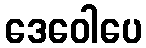
ဒေဝေါပေ